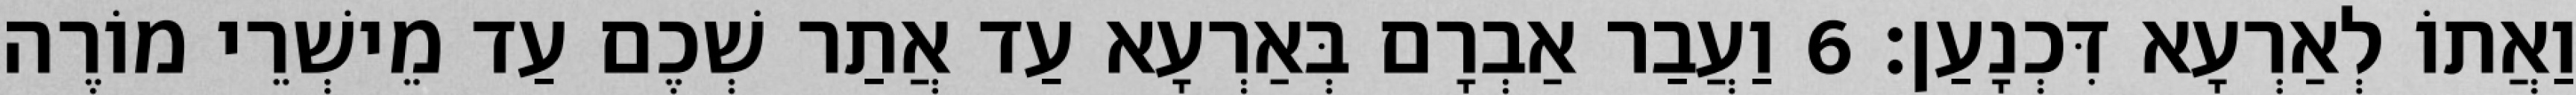
וַאֲתוֹ לְאַרְעָא דִּכְנָעַן׃ 6 וַעֲבַר אַבְרָם בְּאַרְעָא עַד אֲתַר שְׁכֶם עַד מֵישְׁרֵי מוֹרֶה